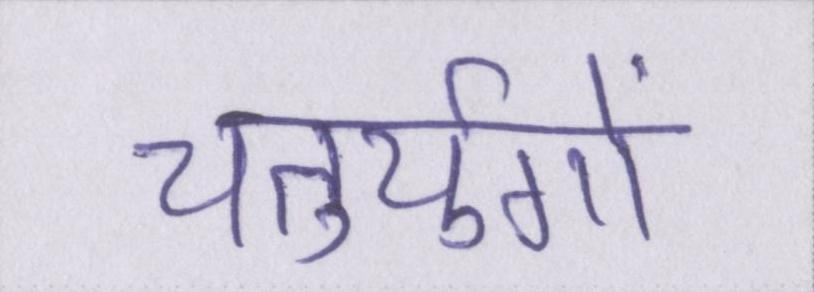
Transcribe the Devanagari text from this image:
चतुर्युगों